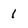
Character: 1